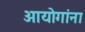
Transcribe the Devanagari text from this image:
आयोगांना